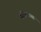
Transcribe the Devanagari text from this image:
मंदिरराच्या